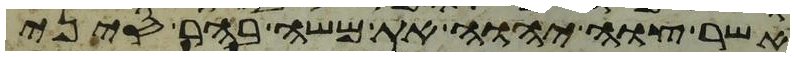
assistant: אשר צוה יהוה את משה בהר סיני